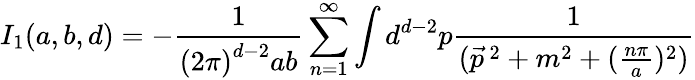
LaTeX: I_{1}(a,b,d)=-\frac{1}{\left(2\pi\right)^{d-2}ab}\sum_{n=1}^{\infty}\int d^{d-2}p\frac{1}{(\vec{p}^{\, 2}+m^{2}+(\frac{n\pi}{a})^{2})}